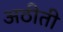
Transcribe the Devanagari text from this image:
अठीती